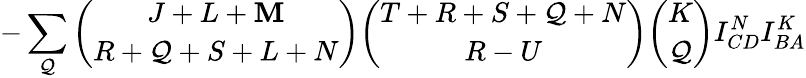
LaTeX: -\sum_{\mathcal{Q}}{\binom{J+L+\mathbf{M}}{R+\mathcal{Q}+S+L+N}}{\binom{T+R+S+\mathcal{Q}+N}{R-U}}{\binom{K}{\mathcal{Q}}}I_{CD}^{N}I_{BA}^{K}